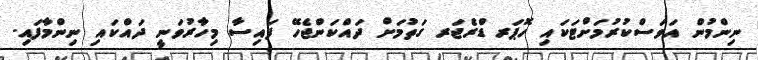
ނިންމުން އަވަސްކުރުމަށްޓަކައި ހޮޕަރ ޑްރެޖަރ ގަތުމަށް ދައްކަންޖެހޭ ފައިސާ މިހާރުވަނީ ދައްކައި ނިންމާފައި.